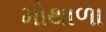
મોથાળા